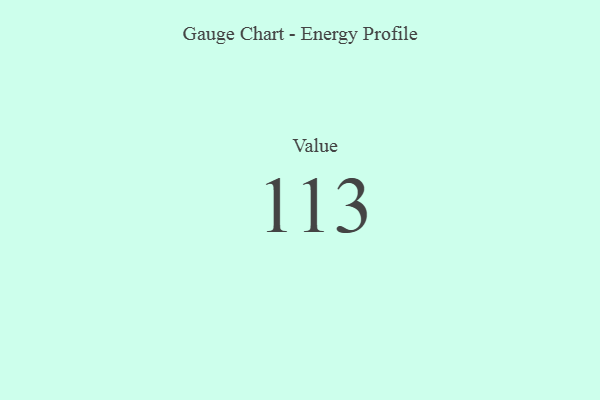
{"axis": {"x": "Metric", "y": "Value"}, "legend": [""], "data": [{"x": "Value", "y": 113, "type": ""}]}